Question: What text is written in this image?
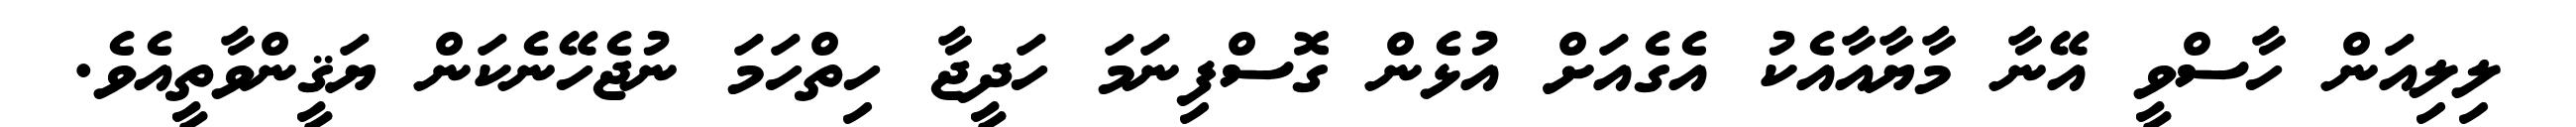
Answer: ލިލިއަން ހާސްވީ އޭނާ މާޔާއާއެކު އެގެއަށް އުޅެން ގޮސްފިނަމަ ހަދީޖާ ހިތްހަމަ ނުޖެހޭނެކަން ޔަޤީންވާތީއެވެ.